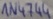
Text: IN4744